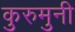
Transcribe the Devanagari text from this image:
कुरुमुनी